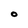
Character: O